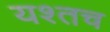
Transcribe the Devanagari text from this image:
यश्तच